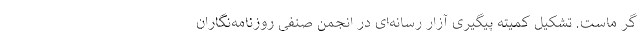
گر ماست. تشکیل کمیته پیگیری آزار رسانه‌ای در انجمن صنفی روزنامه‌نگاران